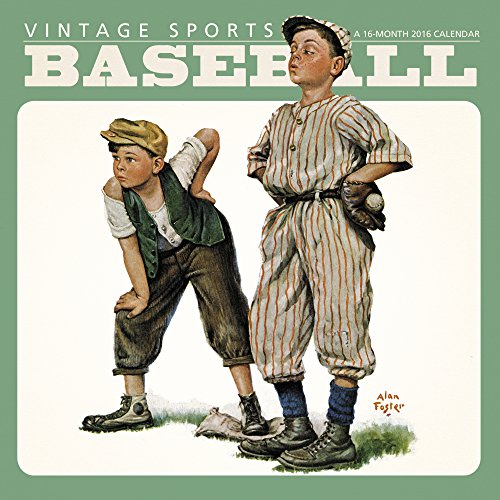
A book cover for Vintage Baseball Wall Calendar (2016); Day Dream; Calendars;